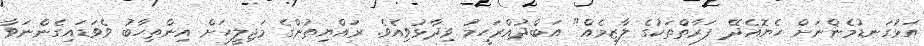
އަޅުގަނޑުމެންނަށް ހެޔޮއެދޭ ފަރާތްތަކުގެ ލާޒިމެއް" އަބްދުއްރަހީމު ވިދާޅުވިއެވެ. ރައްޔިތުންގެ މަޖިލީހަށް އިންތިހާބު ވެވަޑައިގެންނަވާ